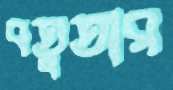
বতুতার